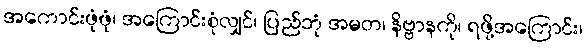
အကောင်းဖုံဖုံ၊ အကြောင်းစုံလျှင်၊ ပြည်ဘုံ အမတ၊ နိဗ္ဗာနကို၊ ရဖို့အကြောင်း၊